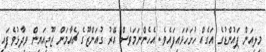
މިލިއަން ޕައުންޑުގެ އަގެއް ހުށަހަޅައިފައެވެ. އެހެންނަމަވެސް އޭރު ގުއަންޒޫގެ ޗެއާމަން ޒޫޖިއަޔިން ވިދާޅުވެފައި